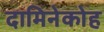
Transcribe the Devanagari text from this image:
दामिनेकोह